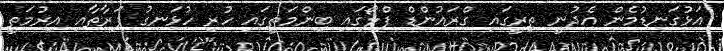
އަޅުގަނޑުމެން އެދުނީ ތިރީގައި ގްރައުންޑް ފްލޯގައި ބިންމަތީގައި ހުރި ހުޅަނގު ފަރާތާއި އިރުމަތީ